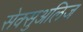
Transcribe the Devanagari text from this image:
सेक्सुअलिज